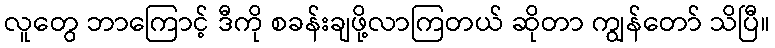
လူတွေ ဘာကြောင့် ဒီကို စခန်းချဖို့လာကြတယ် ဆိုတာ ကျွန်တော် သိပြီ။